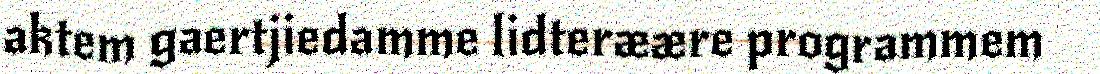
aktem gaertjiedamme lidteræære programmem